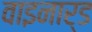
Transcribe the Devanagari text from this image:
वाइनार्ड